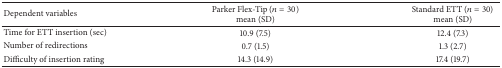
| Dependent variables | Parker Flex-Tip (n = 30) mean (SD) | Standard ETT (n = 30) mean (SD) |
 | --- | --- | --- |
 | Time for ETT insertion (sec) | 10.9 (7.5) | 12.4 (7.3) |
 | Number of redirections | 0.7 (1.5) | 1.3 (2.7) |
 | Difficulty of insertion rating | 14.3 (14.9) | 17.4 (19.7) |